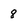
Character: 8